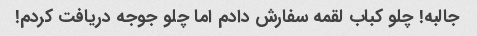
جالبه! چلو کباب لقمه سفارش دادم اما چلو جوجه دریافت کردم!